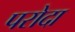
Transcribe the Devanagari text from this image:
परोदा